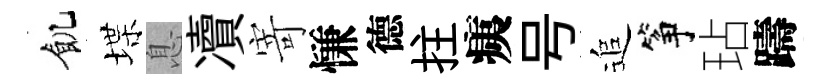
飢堞息凟寄慊德拄痍号追筝玷躊